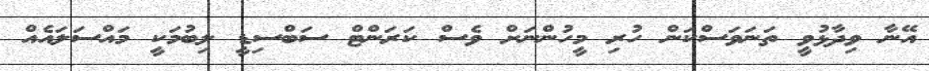
އޭނާ ވިދާޅުވީ ތަނަވަސްކަން ހުރި މީހުންނަށް ވެސް ކަރަންޓް ސަބްސިޑީ ލިބުމަކީ މައްސަލައެއް